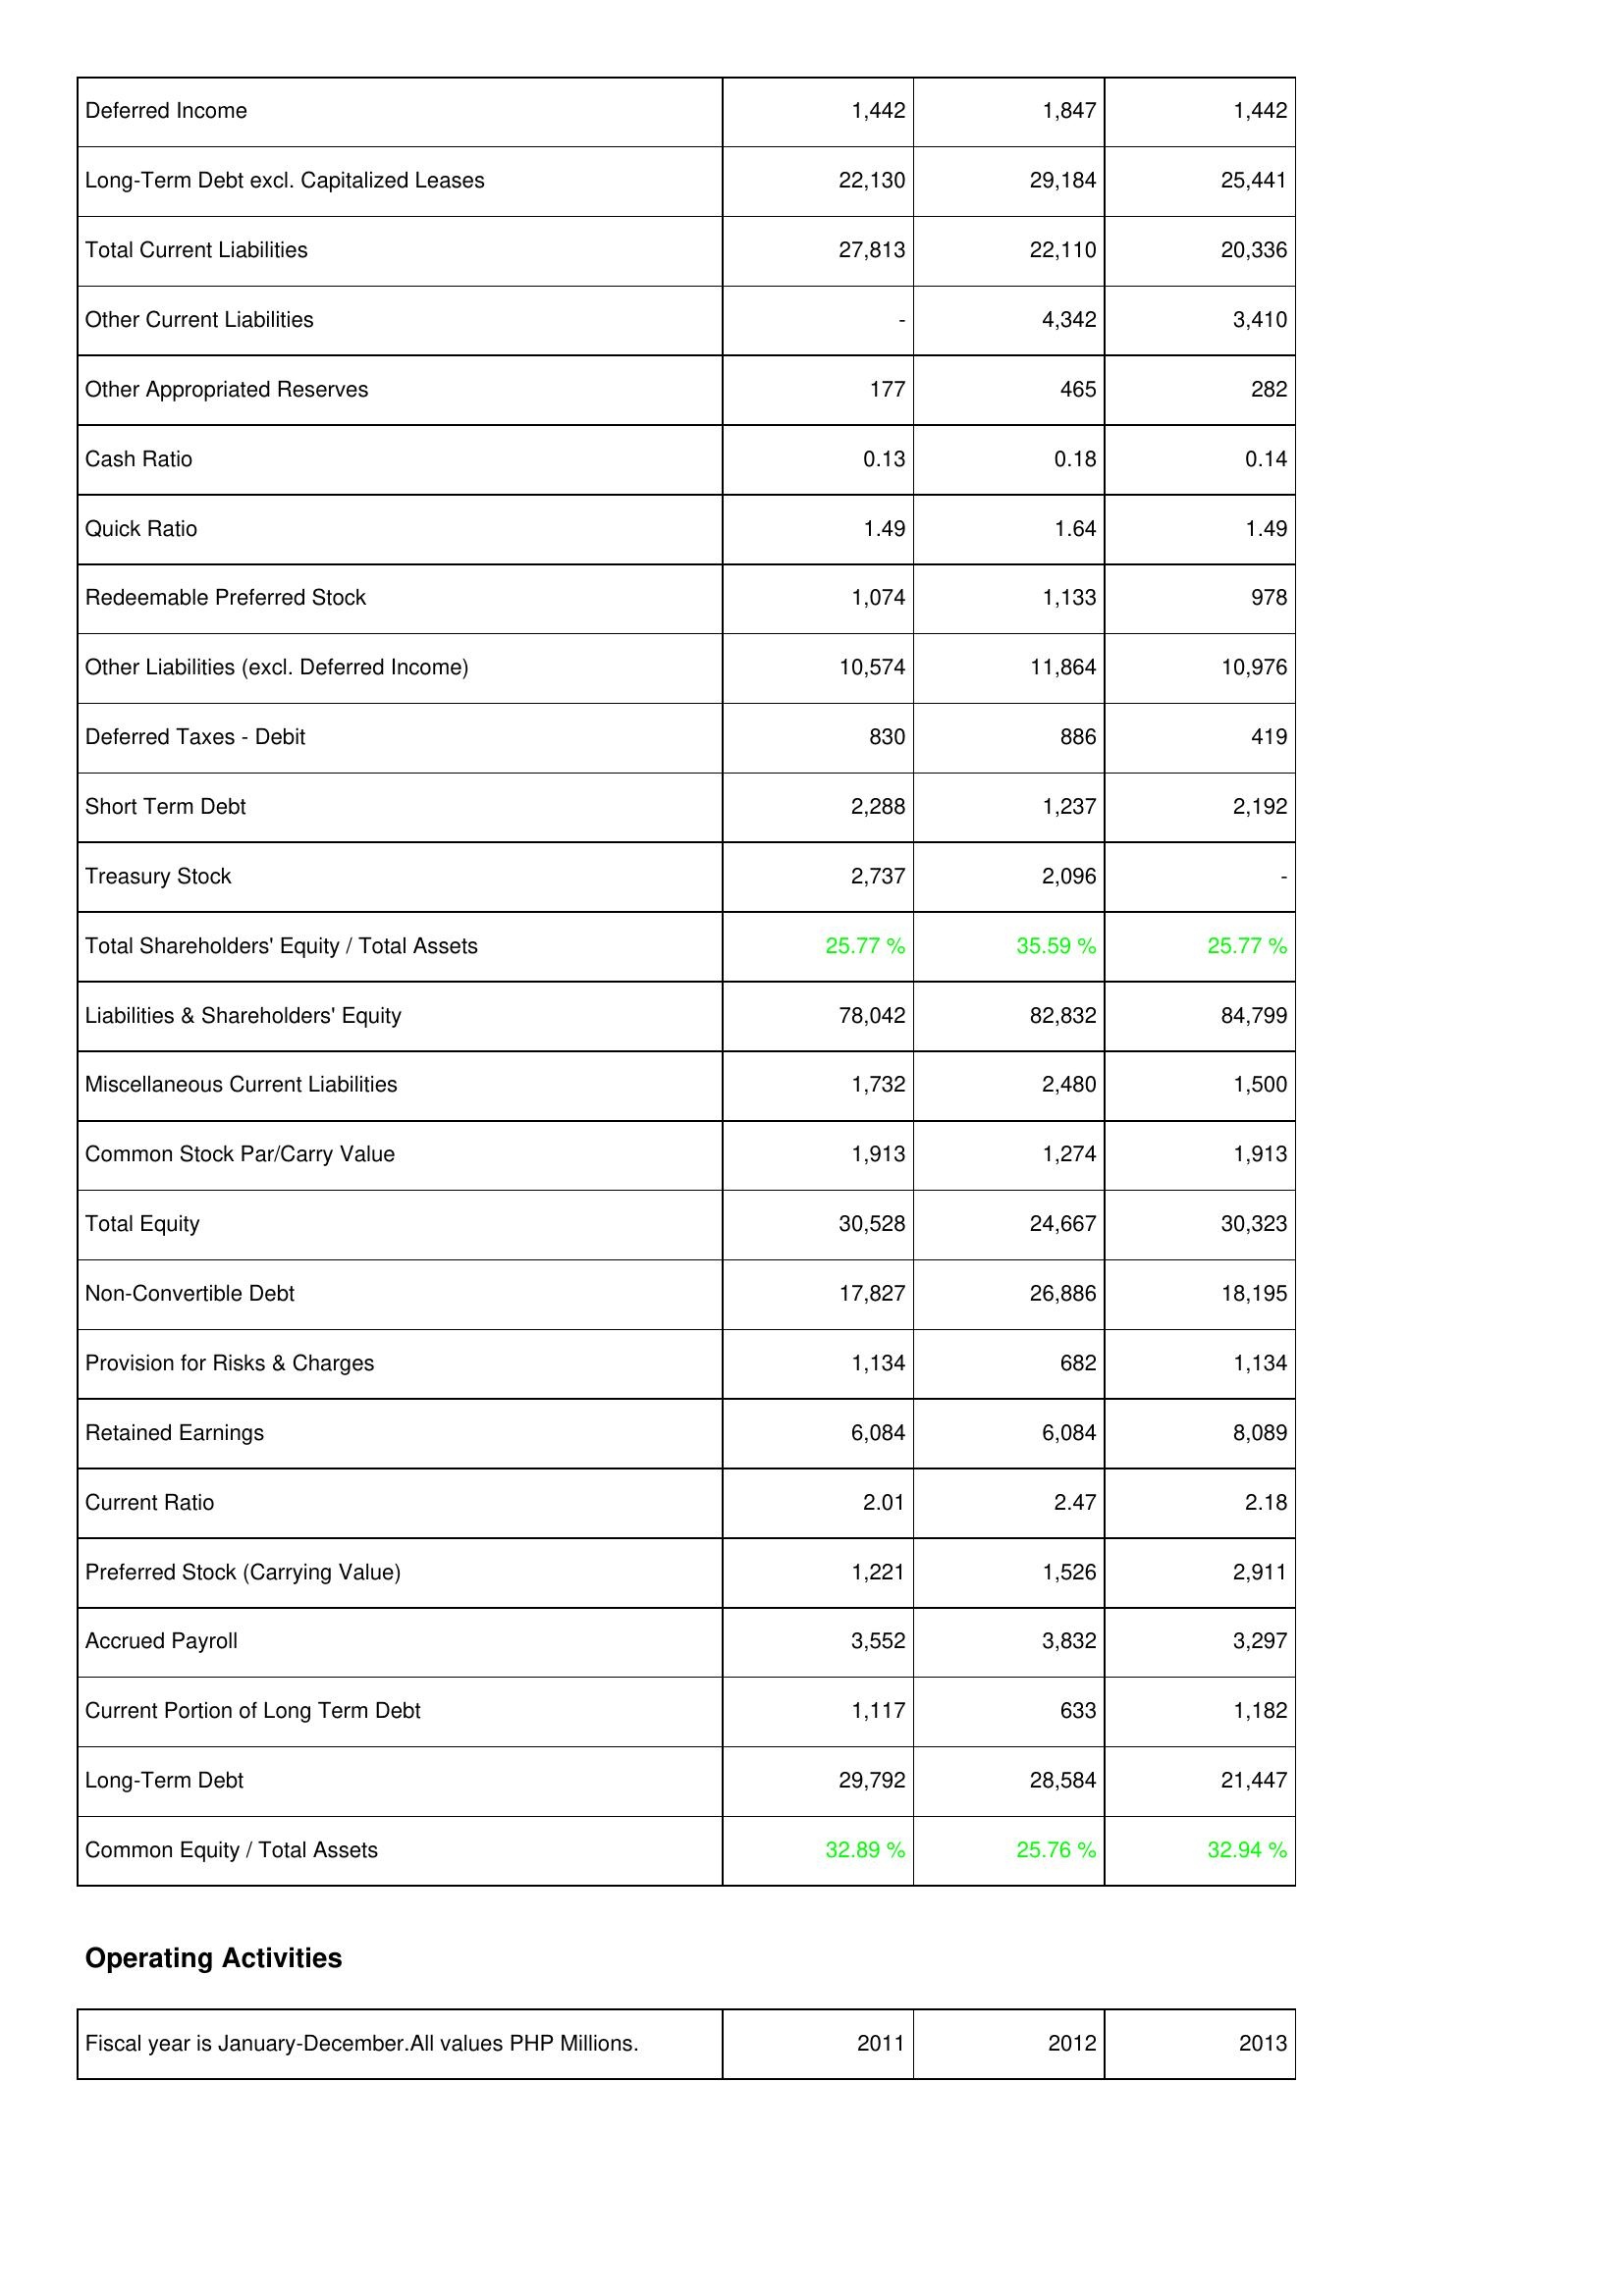
2011: Liabilities & Shareholders' Equity: Deferred Income: 1,442
Long-Term Debt excl. Capitalized Leases: 22,130
Total Current Liabilities: 27,813
Other Current Liabilities: -
Other Appropriated Reserves: 177
Cash Ratio: 0.13
Quick Ratio: 1.49
Redeemable Preferred Stock: 1,074
Other Liabilities (excl. Deferred Income): 10,574
Deferred Taxes - Debit: 830
Short Term Debt: 2,288
Treasury Stock: 2,737
Total Shareholders' Equity / Total Assets: 25.77 %
Liabilities & Shareholders' Equity: 78,042
Miscellaneous Current Liabilities: 1,732
Common Stock Par/Carry Value: 1,913
Total Equity: 30,528
Non-Convertible Debt: 17,827
Provision for Risks & Charges: 1,134
Retained Earnings: 6,084
Current Ratio: 2.01
Preferred Stock (Carrying Value): 1,221
Accrued Payroll: 3,552
Current Portion of Long Term Debt: 1,117
Long-Term Debt: 29,792
Common Equity / Total Assets: 32.89 %
2012: Liabilities & Shareholders' Equity: Deferred Income: 1,847
Long-Term Debt excl. Capitalized Leases: 29,184
Total Current Liabilities: 22,110
Other Current Liabilities: 4,342
Other Appropriated Reserves: 465
Cash Ratio: 0.18
Quick Ratio: 1.64
Redeemable Preferred Stock: 1,133
Other Liabilities (excl. Deferred Income): 11,864
Deferred Taxes - Debit: 886
Short Term Debt: 1,237
Treasury Stock: 2,096
Total Shareholders' Equity / Total Assets: 35.59 %
Liabilities & Shareholders' Equity: 82,832
Miscellaneous Current Liabilities: 2,480
Common Stock Par/Carry Value: 1,274
Total Equity: 24,667
Non-Convertible Debt: 26,886
Provision for Risks & Charges: 682
Retained Earnings: 6,084
Current Ratio: 2.47
Preferred Stock (Carrying Value): 1,526
Accrued Payroll: 3,832
Current Portion of Long Term Debt: 633
Long-Term Debt: 28,584
Common Equity / Total Assets: 25.76 %
2013: Liabilities & Shareholders' Equity: Deferred Income: 1,442
Long-Term Debt excl. Capitalized Leases: 25,441
Total Current Liabilities: 20,336
Other Current Liabilities: 3,410
Other Appropriated Reserves: 282
Cash Ratio: 0.14
Quick Ratio: 1.49
Redeemable Preferred Stock: 978
Other Liabilities (excl. Deferred Income): 10,976
Deferred Taxes - Debit: 419
Short Term Debt: 2,192
Treasury Stock: -
Total Shareholders' Equity / Total Assets: 25.77 %
Liabilities & Shareholders' Equity: 84,799
Miscellaneous Current Liabilities: 1,500
Common Stock Par/Carry Value: 1,913
Total Equity: 30,323
Non-Convertible Debt: 18,195
Provision for Risks & Charges: 1,134
Retained Earnings: 8,089
Current Ratio: 2.18
Preferred Stock (Carrying Value): 2,911
Accrued Payroll: 3,297
Current Portion of Long Term Debt: 1,182
Long-Term Debt: 21,447
Common Equity / Total Assets: 32.94 %